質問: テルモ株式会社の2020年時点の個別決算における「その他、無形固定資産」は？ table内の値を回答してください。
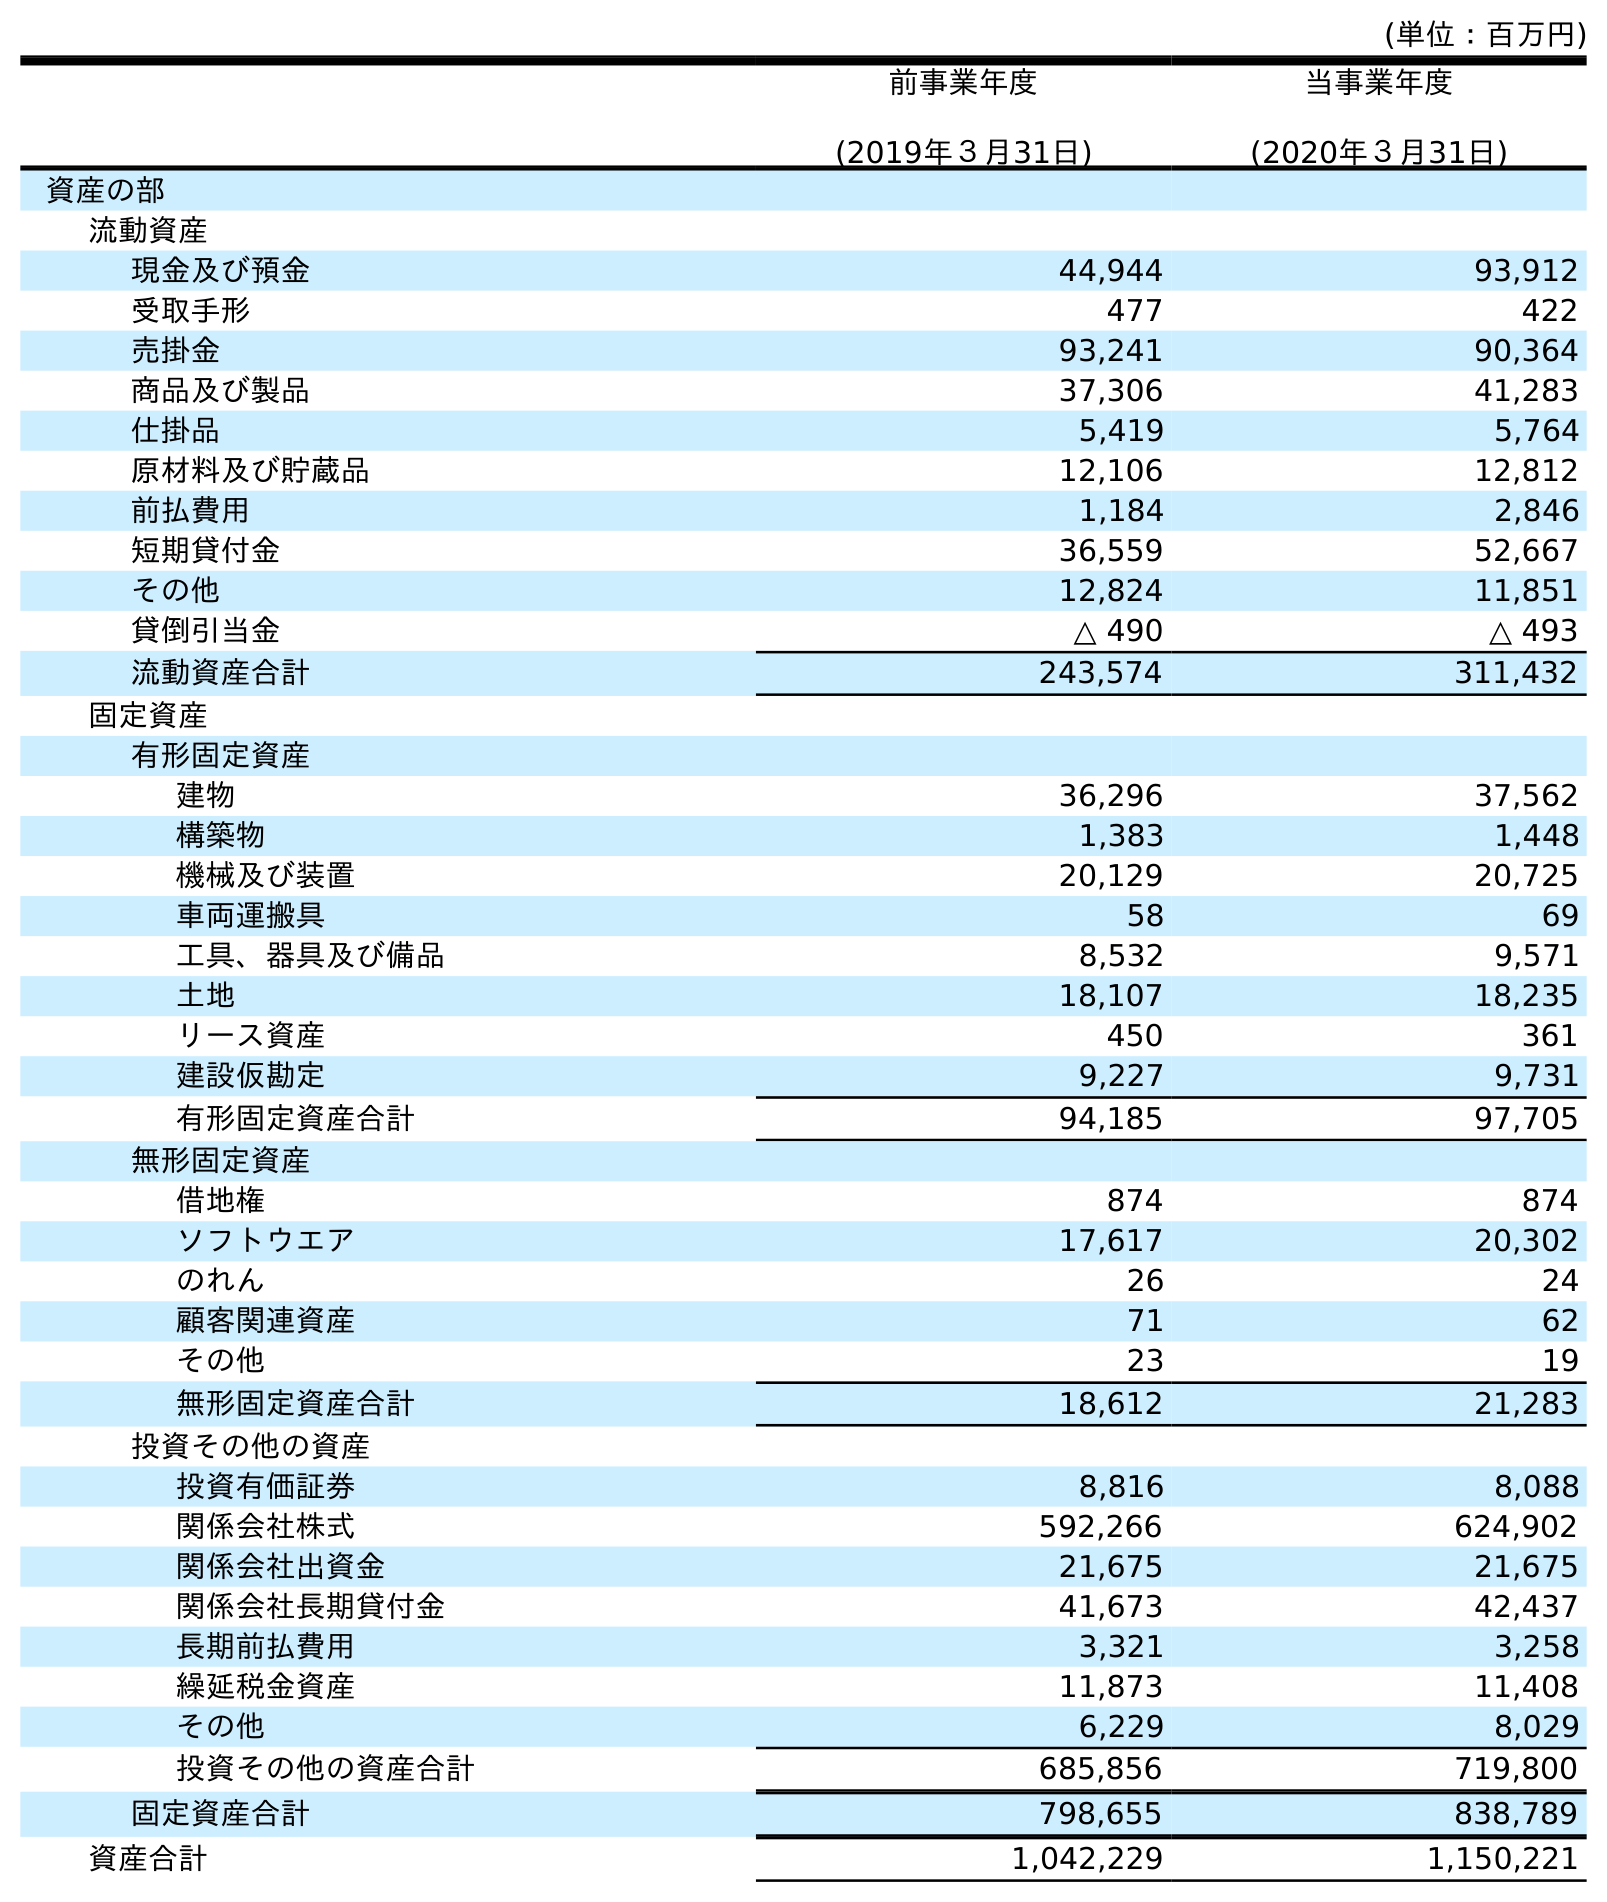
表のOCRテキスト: (単位：百万円) 前事業年度 (2019年３月31日) 当事業年度 (2020年３月31日) 資産の部 流動資産 現金及び預金 44,944 93,912 受取手形 477 422 売掛金 93,241 90,364 商品及び製品 37,306 41,283 仕掛品 5,419 5,764 原材料及び貯蔵品 12,106 12,812 前払費用 1,184 2,846 短期貸付金 36,559 52,667 その他 12,824 11,851 貸倒引当金 △ 490 △ 493 流動資産合計 243,574 311,432 固定資産 有形固定資産 建物 36,296 37,562 構築物 1,383 1,448 機械及び装置 20,129 20,725 車両運搬具 58 69 工具、器具及び備品 8,532 9,571 土地 18,107 18,235 リース資産 450 361 建設仮勘定 9,227 9,731 有形固定資産合計 94,185 97,705 無形固定資産 借地権 874 874 ソフトウエア 17,617 20,302 のれん 26 24 顧客関連資産 71 62 その他 23 19 無形固定資産合計 18,612 21,283 投資その他の資産 投資有価証券 8,816 8,088 関係会社株式 592,266 624,902 関係会社出資金 21,675 21,675 関係会社長期貸付金 41,673 42,437 長期前払費用 3,321 3,258 繰延税金資産 11,873 11,408 その他 6,229 8,029 投資その他の資産合計 685,856 719,800 固定資産合計 798,655 838,789 資産合計 1,042,229 1,150,221
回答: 19